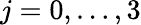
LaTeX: j=0,\ldots,3